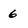
Character: 6